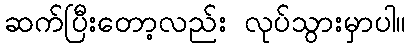
ဆက်ပြီးတော့လည်း လုပ်သွားမှာပါ။